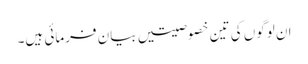
ان لوگوں کی تین خصوصیتیں بیان فرمائی ہیں۔